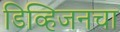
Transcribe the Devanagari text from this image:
डिव्हिजनचा